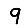
Digit: 9